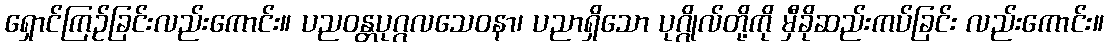
ရှောင်ကြဉ်ခြင်းလည်းကောင်း။ ပညဝန္တပုဂ္ဂလသေဝနာ၊ ပညာရှိသော ပုဂ္ဂိုလ်တို့ကို မှီခိုဆည်းကပ်ခြင်း လည်းကောင်း။